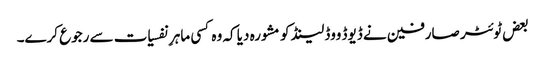
بعض ٹوئٹر صارفین نے ڈیوڈ ووڈلینڈ کو مشورہ دیا کہ وہ کسی ماہرِ نفسیات سے رجوع کرے۔